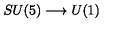
S U ( 5 ) \longrightarrow U ( 1 )